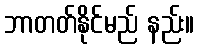
ဘာတတ်နိုင်မည် နည်း။